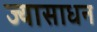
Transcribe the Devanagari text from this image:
ज्यासाधन